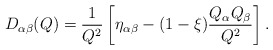
\begin{align*} D_{\alpha\beta}(Q)=\frac{1}{Q^2}\left[\eta_{\alpha\beta}-(1-\xi)\frac{Q_\alpha Q_\beta}{Q^2}\right] .\end{align*}